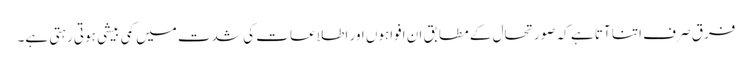
فرق صرف اتنا آتا ہے کہ صورتحال کے مطابق ان افواہوں اور اطلاعات کی شدت میں کمی بیشی ہوتی رہتی ہے۔